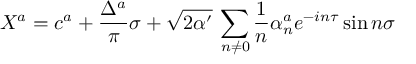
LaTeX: X ^ { a } = c ^ { a } + \frac { \Delta ^ { a } } { \pi } \sigma + \sqrt { 2 \alpha ^ { \prime } } \: \sum _ { n \neq 0 } \frac { 1 } { n } \alpha _ { n } ^ { a } e ^ { - i n \tau } \sin n \sigma